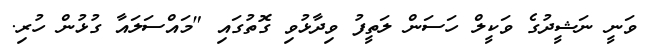
ވަނީ ނަޝީދުގެ ވަކީލް ހަސަން ލަތީފު ވިދާޅުވި ގޮތުގައި "މައްސަލައާ ގުޅުން ހުރި.